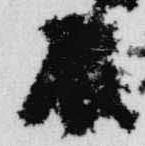
辰